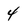
Character: 4